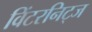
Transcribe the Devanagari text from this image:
विंटरनिट्ज